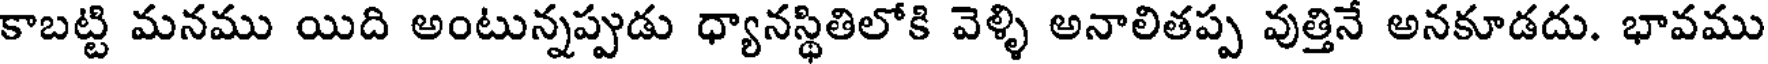
కాబట్టి మనము యిది అంటున్నప్పుడు ధ్యానస్థితిలోకి వెళ్ళి అనాలితప్ప వుత్తినే అనకూడదు. భావము